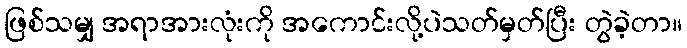
ဖြစ်သမျှ အရာအားလုံးကို အကောင်းလို့ပဲသတ်မှတ်ပြီး တွဲခဲ့တာ။